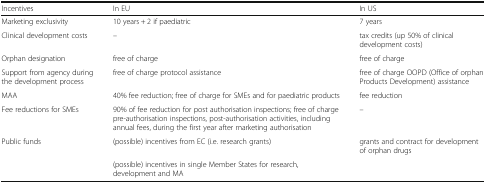
<table><thead><tr><td><b>Incentives</b></td><td><b>In EU</b></td><td><b>In US</b></td></tr></thead><tbody><tr><td>Marketing exclusivity</td><td>10 years + 2 if paediatric</td><td>7 years</td></tr><tr><td>Clinical development costs</td><td>–</td><td>tax credits (up 50% of clinical development costs)</td></tr><tr><td>Orphan designation</td><td>free of charge</td><td>free of charge</td></tr><tr><td>Support from agency during the development process</td><td>free of charge protocol assistance</td><td>free of charge OOPD (Office of orphan Products Development) assistance</td></tr><tr><td>MAA</td><td>40% fee reduction; free of charge for SMEs and for paediatric products</td><td>fee reduction</td></tr><tr><td>Fee reductions for SMEs</td><td>90% of fee reduction for post authorisation inspections; free of charge pre-authorisation inspections, post-authorisation activities, including annual fees, during the first year after marketing authorisation</td><td>–</td></tr><tr><td rowspan="2">Public funds</td><td>(possible) incentives from EC (i.e. research grants)</td><td>grants and contract for development of orphan drugs</td></tr><tr><td>(possible) incentives in single Member States for research, development and MA</td><td></td></tr></tbody></table>